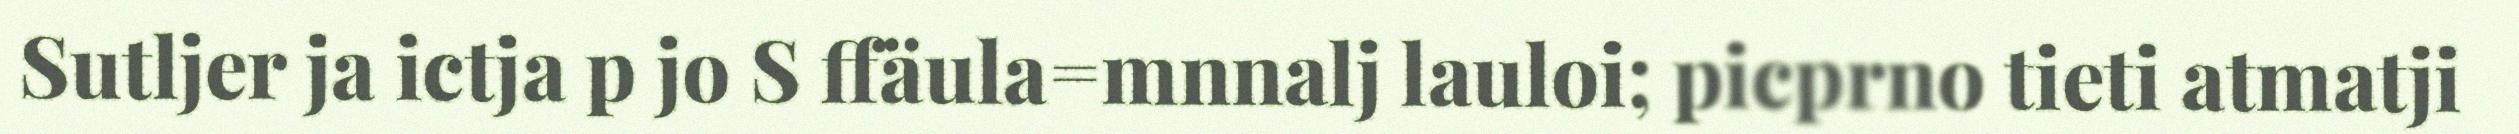
Sutljer ja ictja p jo S ffäula=mnnalj lauloi; picprno tieti atmatji